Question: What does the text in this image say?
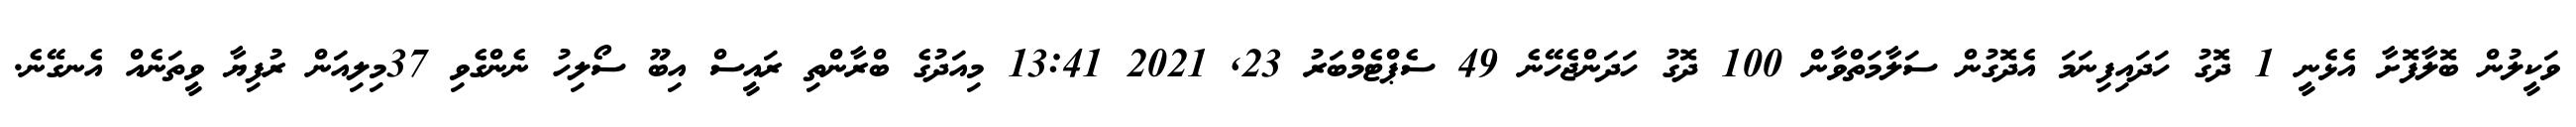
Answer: ވަކީލުން ބޮލާފޮށާ އެޅެނީ 1 ދޮގު ހަދައިފިނަމަ އެދޮގުން ސަލާމަތްވާން 100 ދޮގު ހަދަންޖެހޭނެ 49 ސެޕްޓެމްބަރު 23, 2021 13:41 މިއަދުގެ ބްރާންތި ރައީސް އިބޫ ސޯލިހު ނެންގެވި 37މިލިއަން ރުފިޔާ ވީތަނެއް އެނގޭނެ.